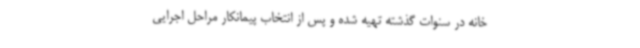
خانه در سنوات گذشته تهیه شده و پس از انتخاب پیمانکار مراحل اجرایی